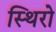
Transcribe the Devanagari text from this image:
स्थिरो